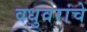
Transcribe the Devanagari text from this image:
वधुवरांचे